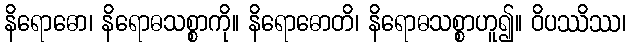
နိရောဓော၊ နိရောဓသစ္စာကို။ နိရောဓောတိ၊ နိရောဓသစ္စာဟူ၍။ ဝိပဿိဿ၊